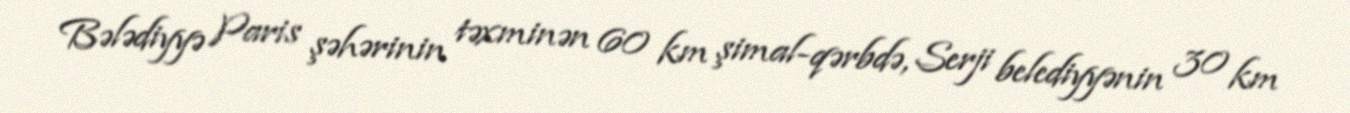
Bələdiyyə Paris şəhərinin təxminən 60 km şimal-qərbdə, Serji belediyyənin 30 km